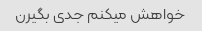
خواهش میکنم جدی بگیرن